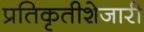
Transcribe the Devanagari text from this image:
प्रतिकृतीशेजारी